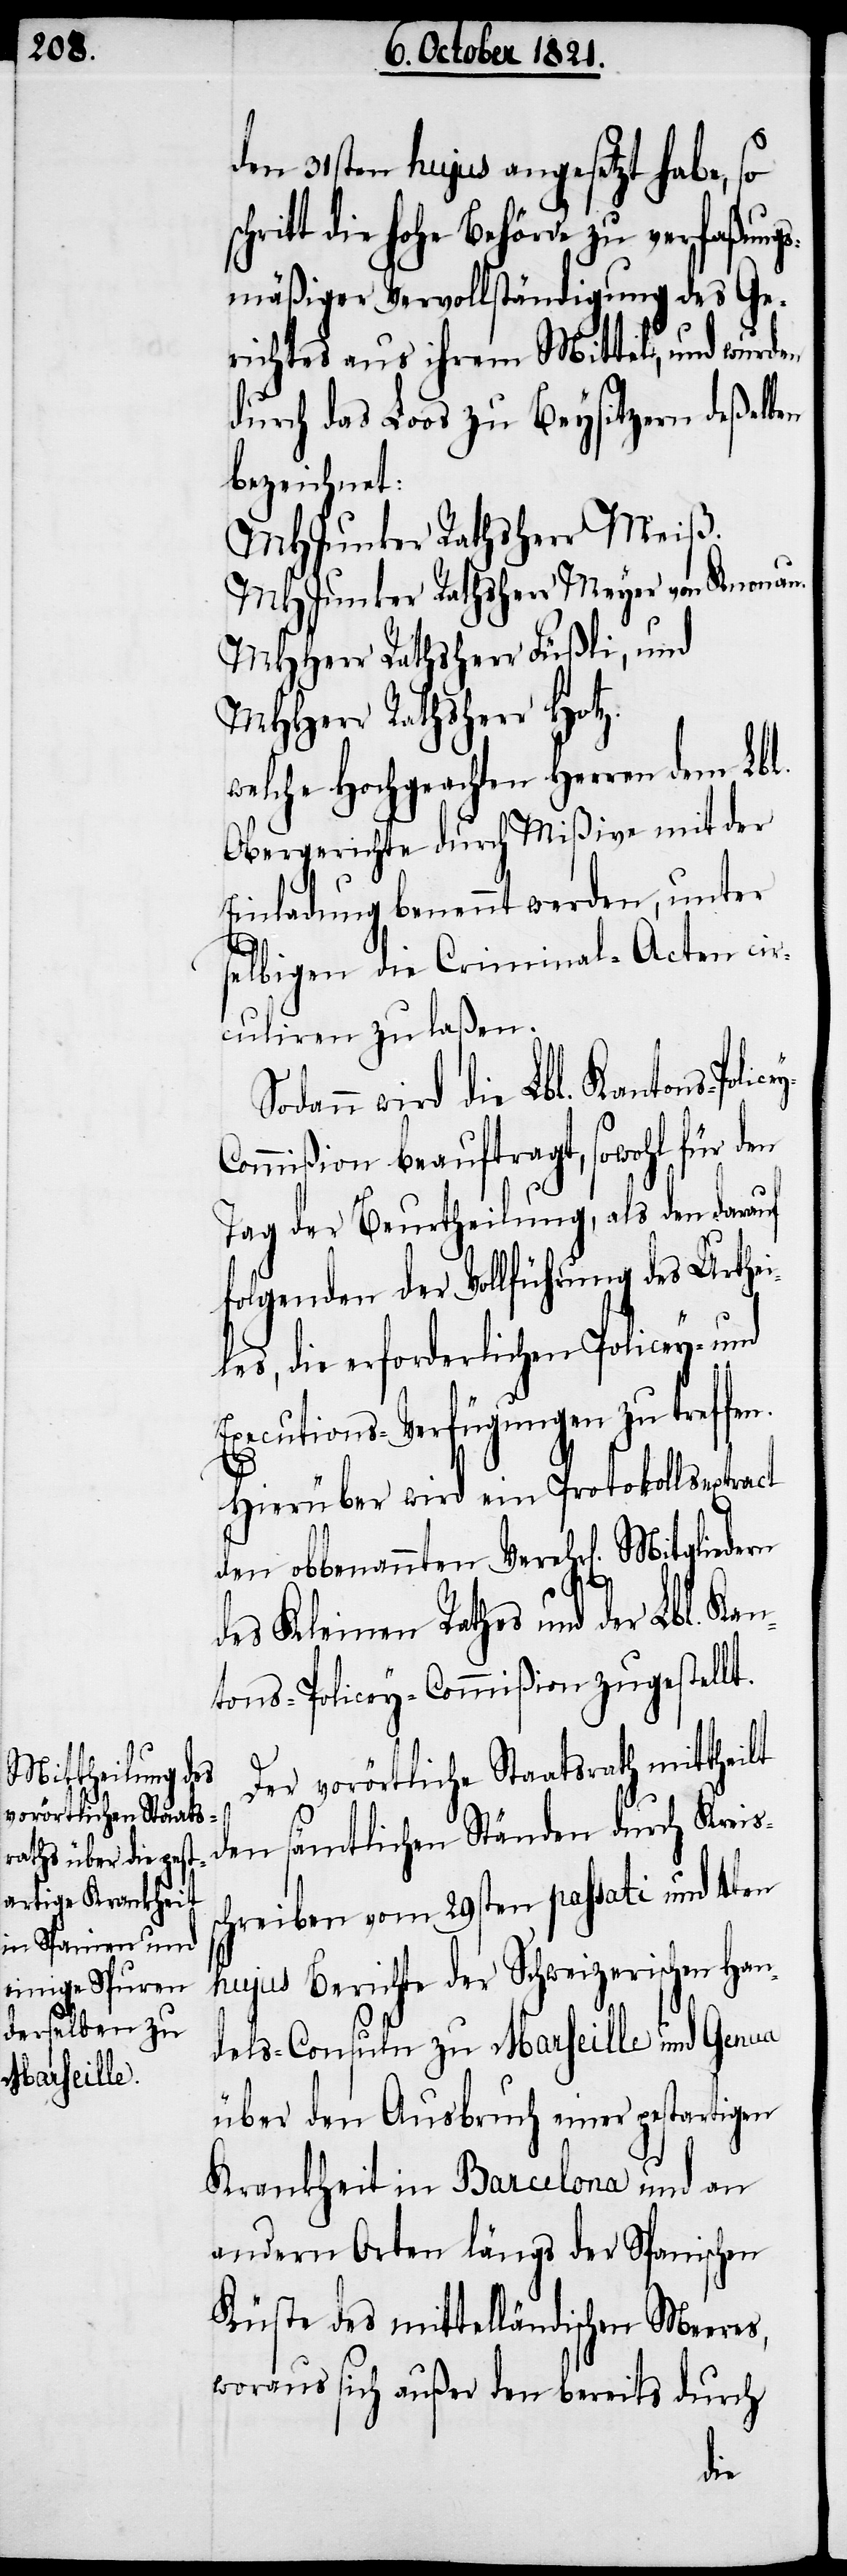
cey-C¬

theilt

den 31sten hujus angesetzt habe, so
hritt die hohe Behörde zu verfaßungs¬
mäßiger Vervollständigung des Ge¬
richtes aus ihrem Mittel, und wurden
durch das Loos zu Beysitzern deßelben
bezeichnet:
MHJunker Rathsherr Meiß.
MHJunker Rathsherr Meyer von Knonau.
MHHerr Rathsherr Füßli, und
MHHerr Rathsherr Hotz:
welche Hochgeachten Herren dem Lbl.
Obergerichte durch Mißive mit der
Einladung benannt werden, unter
selbigen die Criminal-Acten cir¬
culiren zu laßen.
dann wird die Lbl. Kantons-Poli¬
ommißion beauftragt, sowohl für den
Tag der Beurtheilung, als den darauf
folgenden der Vollführung des Urthei¬
les, die erforderlichen Policey- und
Executions-Verfügungen zu treff¬
Hierüber wird ein Protokollsextract
den obbemeldten Verehrl[lichen]
des Kleinen Rathes und der Lbl. Kan¬
tons-Policey-Commißion zugestellt.
Der vorörtliche Staatsrath mit¬
den sämtlichen Ständen durch Kreis¬
schreiben vom 29sten passati und 4ten
hujus Berichte der Schweizerischen Han¬
dels-Consuln zu Marseille und Genua
über den Ausbruch einer pestartigen
Krankheit in Barcelona und an
andern Orten längs der Spanischen
Küste des mittelländischen Meeres,
woraus sich außer den bereits durch
en.